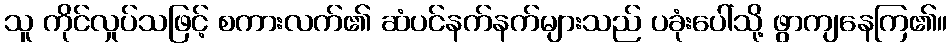
သူ ကိုင်လှုပ်သဖြင့် စကားလက်၏ ဆံပင်နက်နက်များသည် ပခုံးပေါ်သို့ ဖွာကျနေကြ၏။